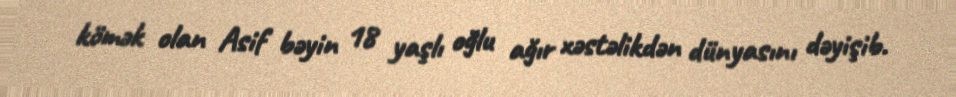
kömək olan Asif bəyin 18 yaşlı oğlu ağır xəstəlikdən dünyasını dəyişib.